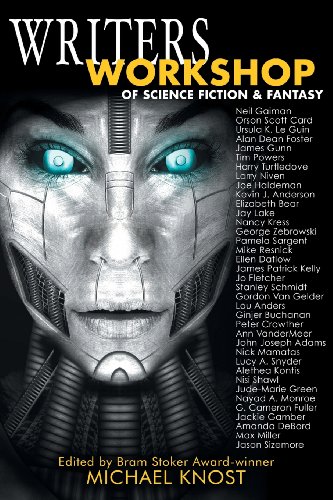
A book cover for Writers Workshop of Science Fiction & Fantasy; Science Fiction & Fantasy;